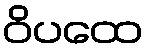
ဝိပထေ